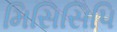
મિસિસિપિ